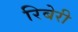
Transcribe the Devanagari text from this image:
रिबेरी